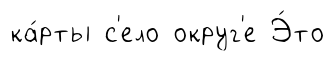
ка́рты с'ело округ'е Э́то